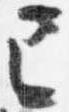
已